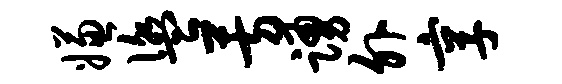
嫌盥芳踊外享